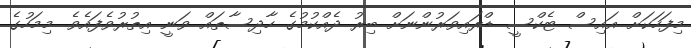
މިފަހަކަށް އައިސް ޓެކްސީ ޑްރައިވަރުންނަށް ބިރު ދެއްކުމުގެ ހާދިސާތައް ވަނީ އިތުރުވެފައެވެ. މިމަހުގެ